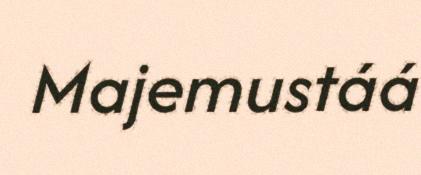
Majemustáá